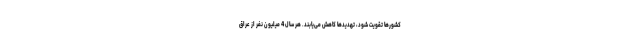
کشورها تقویت شود، تهدیدها کاهش می‌یابند. هر سال 4 میلیون نفر از عراق